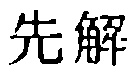
先解